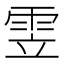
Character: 雴